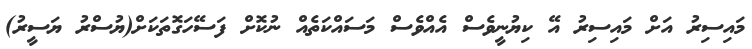
މައިސިރު އަށް މައިސިރު އޭ ކިޔުނީވެސް އެއްވެސް މަސައްކަތެއް ނުކޮށް ފަސޭހަގޮތަކަށް(ޔުސްރު ޔަސީރު)